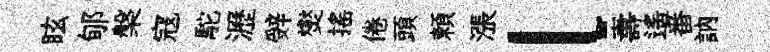
眩郇槃寇駝瀝辤爕搖倦頭頼漲l夀遥番訥